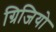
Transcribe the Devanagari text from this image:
ग्रिजियो